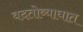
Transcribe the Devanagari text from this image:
वदतोव्याघात